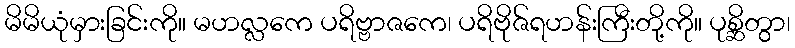
မိမိယုံမှားခြင်းကို။ မဟလ္လကေ ပရိဗ္ဗာဇကေ၊ ပရိဗိုဇ်ရဟန်းကြီးတို့ကို။ ပုစ္ဆိတွာ၊